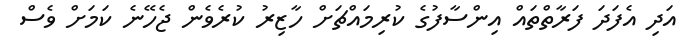
އަދި އެފަދަ ފަރާތްތައް އިންސާފުގެ ކުރިމައްޗަށް ހާޒިރު ކުރެވެން ޖެހޭނެ ކަމަަށް ވެސް